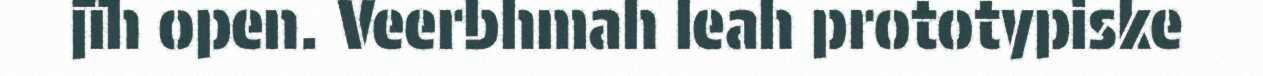
jïh open. Veerbhmah leah prototypiske